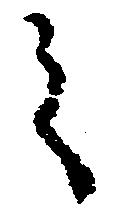
之